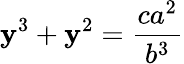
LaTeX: \mathbf{y}^{3}+\mathbf{y}^{2}={\frac{{ca^{2}}}{{b^{3}}}}